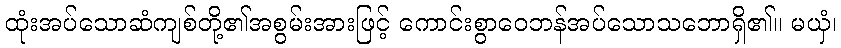
ထုံးအပ်သောဆံကျစ်တို့၏အစွမ်းအားဖြင့် ကောင်းစွာဝေဘန်အပ်သောသဘောရှိ၏။ မယှံ၊